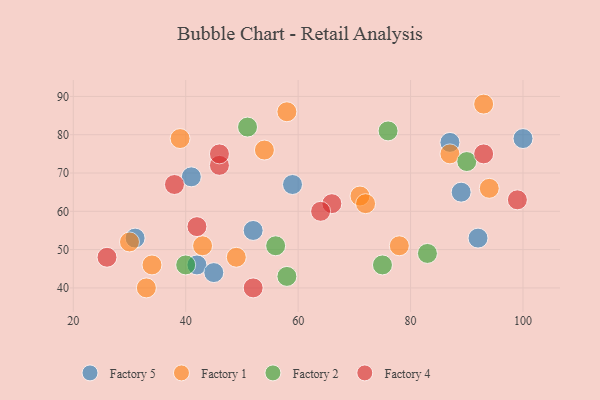
{"axis": {"x": "GDP", "y": "Life Expectancy"}, "legend": ["Factory 1", "Factory 2", "Factory 4", "Factory 5"], "data": [{"x": "92", "y": 53, "type": "Factory 5"}, {"x": "59", "y": 67, "type": "Factory 5"}, {"x": "52", "y": 55, "type": "Factory 5"}, {"x": "31", "y": 53, "type": "Factory 5"}, {"x": "41", "y": 69, "type": "Factory 5"}, {"x": "42", "y": 46, "type": "Factory 5"}, {"x": "100", "y": 79, "type": "Factory 5"}, {"x": "89", "y": 65, "type": "Factory 5"}, {"x": "87", "y": 78, "type": "Factory 5"}, {"x": "45", "y": 44, "type": "Factory 5"}, {"x": "78", "y": 51, "type": "Factory 1"}, {"x": "33", "y": 40, "type": "Factory 1"}, {"x": "30", "y": 52, "type": "Factory 1"}, {"x": "94", "y": 66, "type": "Factory 1"}, {"x": "58", "y": 86, "type": "Factory 1"}, {"x": "71", "y": 64, "type": "Factory 1"}, {"x": "72", "y": 62, "type": "Factory 1"}, {"x": "43", "y": 51, "type": "Factory 1"}, {"x": "93", "y": 88, "type": "Factory 1"}, {"x": "49", "y": 48, "type": "Factory 1"}, {"x": "39", "y": 79, "type": "Factory 1"}, {"x": "54", "y": 76, "type": "Factory 1"}, {"x": "34", "y": 46, "type": "Factory 1"}, {"x": "87", "y": 75, "type": "Factory 1"}, {"x": "51", "y": 82, "type": "Factory 2"}, {"x": "75", "y": 46, "type": "Factory 2"}, {"x": "90", "y": 73, "type": "Factory 2"}, {"x": "56", "y": 51, "type": "Factory 2"}, {"x": "58", "y": 43, "type": "Factory 2"}, {"x": "40", "y": 46, "type": "Factory 2"}, {"x": "83", "y": 49, "type": "Factory 2"}, {"x": "76", "y": 81, "type": "Factory 2"}, {"x": "42", "y": 56, "type": "Factory 4"}, {"x": "46", "y": 72, "type": "Factory 4"}, {"x": "93", "y": 75, "type": "Factory 4"}, {"x": "52", "y": 40, "type": "Factory 4"}, {"x": "66", "y": 62, "type": "Factory 4"}, {"x": "38", "y": 67, "type": "Factory 4"}, {"x": "46", "y": 75, "type": "Factory 4"}, {"x": "26", "y": 48, "type": "Factory 4"}, {"x": "99", "y": 63, "type": "Factory 4"}, {"x": "64", "y": 60, "type": "Factory 4"}]}